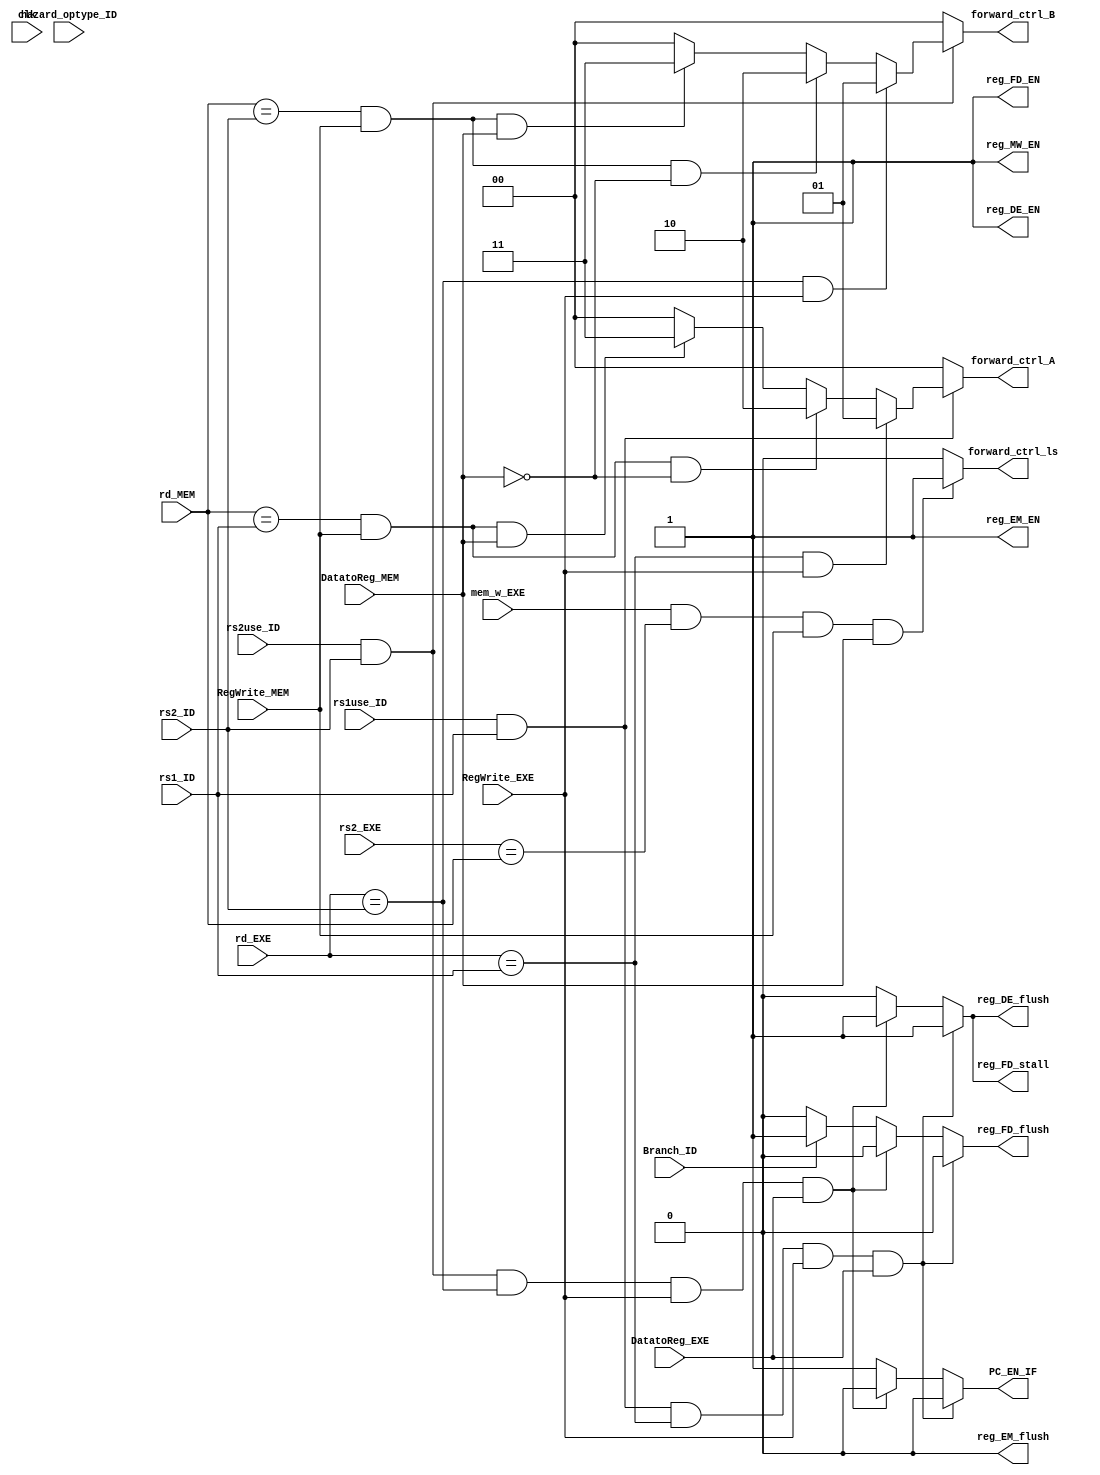
`timescale 1ps/1ps

module HazardDetectionUnit(
         input clk,
         input Branch_ID, rs1use_ID, rs2use_ID,
         input[1:0] hazard_optype_ID,
         input[4:0] rd_EXE, rd_MEM, rs1_ID, rs2_ID, rs2_EXE,
         output PC_EN_IF, reg_FD_EN, reg_FD_stall, reg_FD_flush,
         reg_DE_EN, reg_DE_flush, reg_EM_EN, reg_EM_flush, reg_MW_EN,
         output forward_ctrl_ls,
         output[1:0] forward_ctrl_A, forward_ctrl_B,

         input mem_w_EXE,
         input DatatoReg_MEM,
         input DatatoReg_EXE,
         input RegWrite_EXE,
         input RegWrite_MEM
       );  // to fill sth. in

reg PC_EN_IF_, reg_FD_EN_, reg_FD_stall_, reg_FD_flush_,
    reg_DE_EN_, reg_DE_flush_, reg_EM_EN_, reg_EM_flush_, reg_MW_EN_;
reg forward_ctrl_ls_;
reg[1:0] forward_ctrl_A_, forward_ctrl_B_;

initial
  begin
    PC_EN_IF_ = 0;
    reg_FD_EN_ = 0;
    reg_FD_stall_ = 0;
    reg_FD_flush_ = 0;
    reg_DE_EN_ = 0;
    reg_DE_flush_ = 0;
    reg_EM_EN_ = 0;
    reg_EM_flush_ = 0;
    reg_MW_EN_ = 0;
    forward_ctrl_ls_ = 0;
    forward_ctrl_A_ = 0;
    forward_ctrl_B_ = 0;
  end

always @ *
  begin
    // rs1
    if (rs1use_ID && rs1_ID)
      begin
        if (rd_EXE == rs1_ID && RegWrite_EXE)
          begin
            forward_ctrl_A_ <= 2'b01;
          end
        else if (rd_MEM == rs1_ID && RegWrite_MEM && ~DatatoReg_MEM)
          begin
            forward_ctrl_A_ <= 2'b10;
          end
        else if (rd_MEM == rs1_ID && RegWrite_MEM && DatatoReg_MEM)
          begin
            forward_ctrl_A_ <= 2'b11;
          end
        else
          begin
            forward_ctrl_A_ <= 0;
          end
      end
    else
      begin
        forward_ctrl_A_ <= 0;
      end

    // rs2
    if (rs2use_ID && rs2_ID)
      begin
        if (rd_EXE == rs2_ID && RegWrite_EXE)
          begin
            forward_ctrl_B_ <= 2'b01;
          end
        else if (rd_MEM == rs2_ID && RegWrite_MEM && ~DatatoReg_MEM)
          begin
            forward_ctrl_B_ <= 2'b10;
          end
        else if (rd_MEM == rs2_ID && RegWrite_MEM && DatatoReg_MEM)
          begin
            forward_ctrl_B_ <= 2'b11;
          end
        else
          begin
            forward_ctrl_B_ <= 0;
          end
      end
    else
      begin
        forward_ctrl_B_ <= 0;
      end

    // ls
    if (mem_w_EXE && rs2_EXE == rd_MEM && RegWrite_MEM && DatatoReg_MEM)
      begin
        forward_ctrl_ls_ <= 1'b1;
      end
    else
      begin
        forward_ctrl_ls_ <= 0;
      end

    // stall
    if (rs1use_ID && rs1_ID && rd_EXE == rs1_ID && RegWrite_EXE && DatatoReg_EXE)
      begin
        PC_EN_IF_ <= 0;
        reg_FD_stall_ <= 1;
        reg_DE_flush_ <= 1;
        reg_FD_flush_ <= 0;
      end
    else if (rs2use_ID && rs2_ID && rd_EXE == rs2_ID && RegWrite_EXE && DatatoReg_EXE)
      begin
        PC_EN_IF_ <= 0;
        reg_FD_stall_ <= 1;
        reg_DE_flush_ <= 1;
        reg_FD_flush_ <= 0;
      end
    else if (Branch_ID)
      begin
        reg_FD_flush_ <= 1;
        PC_EN_IF_ <= 1;
        reg_FD_stall_ <= 0;
        reg_DE_flush_ <= 0;
      end
    else
      begin
        PC_EN_IF_ <= 1;
        reg_FD_flush_ <= 0;
        reg_FD_stall_ <= 0;
        reg_DE_flush_ <= 0;
      end

    // other
    reg_FD_EN_ = 1;
    reg_DE_EN_ = 1;
    reg_EM_EN_ = 1;
    reg_EM_flush_ = 0;
    reg_MW_EN_ = 1;
  end

assign PC_EN_IF = PC_EN_IF_;
assign reg_FD_EN = reg_FD_EN_;
assign reg_FD_stall = reg_FD_stall_;
assign reg_FD_flush = reg_FD_flush_;
assign reg_DE_EN = reg_DE_EN_;
assign reg_DE_flush = reg_DE_flush_;
assign reg_EM_EN = reg_EM_EN_;
assign reg_EM_flush = reg_EM_flush_;
assign reg_MW_EN = reg_MW_EN_;
assign forward_ctrl_ls = forward_ctrl_ls_;
assign forward_ctrl_A = forward_ctrl_A_;
assign forward_ctrl_B = forward_ctrl_B_;

endmodule